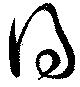
得